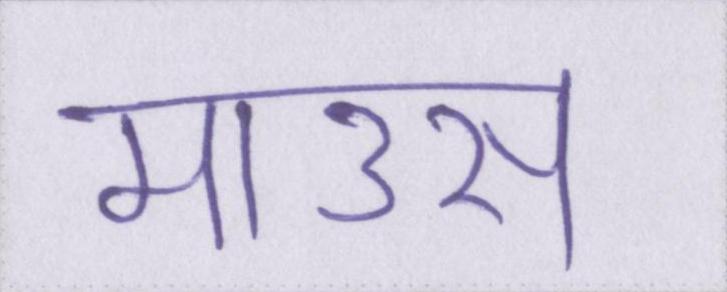
माउस